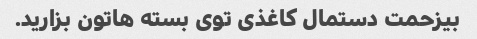
بیزحمت دستمال کاغذی توی بسته هاتون بزارید.